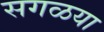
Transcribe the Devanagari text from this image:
सगळया